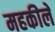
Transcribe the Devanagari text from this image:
महकीले